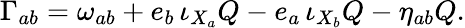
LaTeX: \Gamma_{ab}=\omega_{ab}+e_{b}\, \iota_{X_{a}}Q-e_{a}\, \iota_{X_{b}}Q-\eta_{ab}Q.